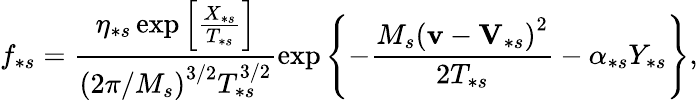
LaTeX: f_{\ast s}=\frac{\eta_{\ast s}\exp\left[\frac{X_{\ast s}}{T_{\ast s}}\right]}{\left(2\pi/M_{s}\right)^{3/2}T_{\ast s}^{3/2}}\exp\left\{ -\frac{M_{s}\left(\mathbf{v}-\mathbf{V}_{\ast s}\right)^{2}}{2T_{\ast s}}-\alpha_{\ast s}Y_{\ast s}\right\} ,